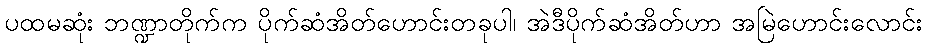
ပထမဆုံး ဘဏ္ဍာတိုက်က ပိုက်ဆံအိတ်ဟောင်းတခုပါ၊ အဲဒီပိုက်ဆံအိတ်ဟာ အမြဲဟောင်းလောင်း